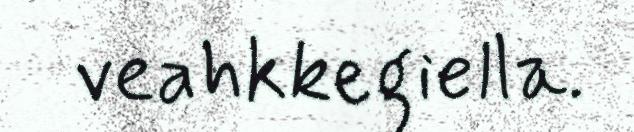
veahkkegiella.